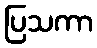
ပြသကာ